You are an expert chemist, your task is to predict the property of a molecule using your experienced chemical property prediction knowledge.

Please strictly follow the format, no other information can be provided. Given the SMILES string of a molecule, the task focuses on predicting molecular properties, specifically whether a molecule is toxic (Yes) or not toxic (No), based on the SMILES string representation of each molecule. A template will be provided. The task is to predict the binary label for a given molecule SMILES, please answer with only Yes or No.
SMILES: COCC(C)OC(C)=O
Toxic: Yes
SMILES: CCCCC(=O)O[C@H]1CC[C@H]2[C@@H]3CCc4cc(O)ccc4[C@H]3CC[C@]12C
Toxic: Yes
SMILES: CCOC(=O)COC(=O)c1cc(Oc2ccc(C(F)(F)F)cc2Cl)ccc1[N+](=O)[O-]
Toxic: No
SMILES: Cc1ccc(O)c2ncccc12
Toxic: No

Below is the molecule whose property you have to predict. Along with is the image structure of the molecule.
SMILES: CN(C)CCOC(c1ccc(Cl)cc1)c1ccccn1
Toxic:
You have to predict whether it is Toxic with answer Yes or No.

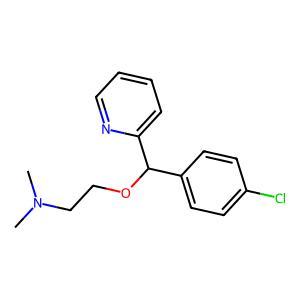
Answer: No